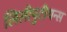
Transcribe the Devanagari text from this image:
लिलीपुटीयन्स